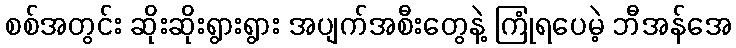
စစ်အတွင်း ဆိုးဆိုးရွားရွား အပျက်အစီးတွေနဲ့ ကြုံရပေမဲ့ ဘီအန်အေ